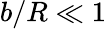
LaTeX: b/R\ll 1